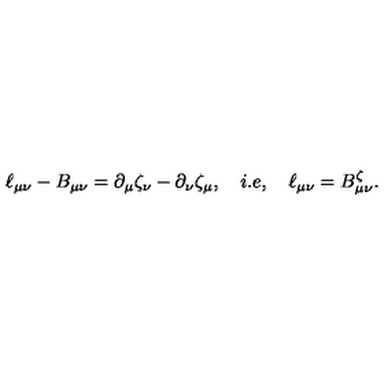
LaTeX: \ell _ { \mu \nu } - B _ { \mu \nu } = \partial _ { \mu } \zeta _ { \nu } - \partial _ { \nu } \zeta _ { \mu } , \quad i . e , \quad \ell _ { \mu \nu } = B _ { \mu \nu } ^ { \zeta } .